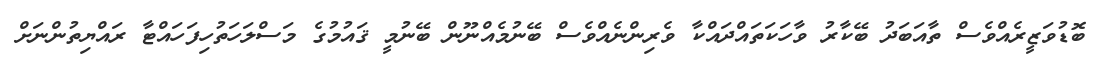
ބޮޑުވަޒީރެއްވެސް ތާއަބަދު ބޭކާރު ވާހަކަތައްދައްކާ ވެރިންނެއްވެސް ބޭނުމެއްނޫން ބޭނުމީ ޤައުމުގެ މަސްލަހަތުހިފަހައްޓާ ރައްޔިތުންނަށް